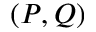
( P , Q )